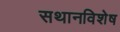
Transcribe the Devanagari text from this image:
सथानविशेष